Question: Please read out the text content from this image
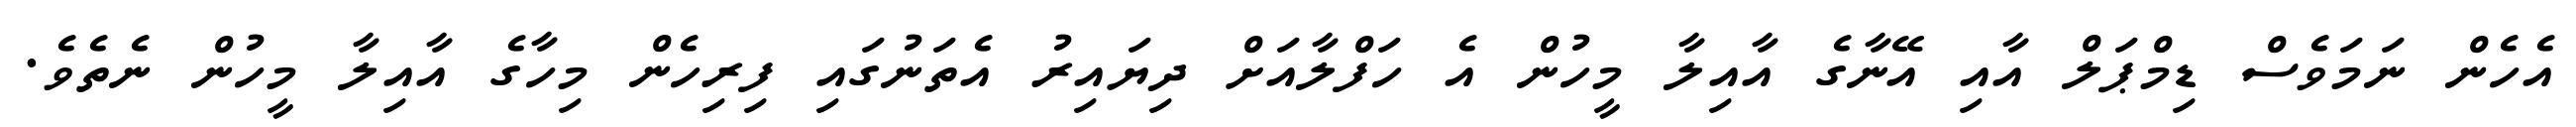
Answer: އެހެން ނަމަވެސް ޑިމްޕަލް އާއި އޭނާގެ އާއިލާ މީހުން އެ ހަފްލާއަށް ދިޔައިރު އެތަނުގައި ފިރިހެން މިހާގެ އާއިލާ މީހުން ނެތެވެ.